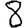
Digit: 8